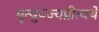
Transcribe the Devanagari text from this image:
मृत्युञ्ज्यप्रीत्यर्थे